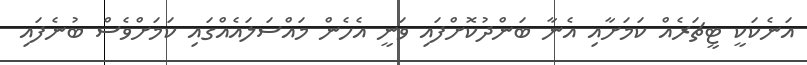
އަނެކަކީ ޓީޗަރެއް ކަމަށާއި އެނާ ބަންދުކޮށްފައި ވަނީ އެހެން މައްސަލައެއްގައި ކަމަށްވެސް ބުނެފައި